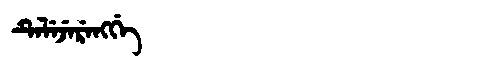
Manchu: ᡨᡝᠯᡝᠵᡝᡵᡝᠩᡤᡝ
Romanization: TELEJERENGGE